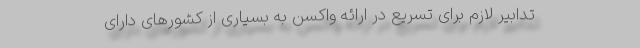
تدابیر لازم برای تسریع در ارائه واکسن به بسیاری از کشورهای دارای